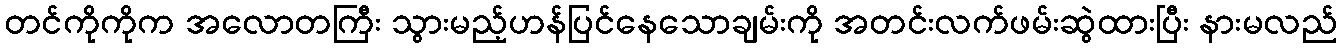
တင်ကိုကိုက အလောတကြီး သွားမည့်ဟန်ပြင်နေသောချမ်းကို အတင်းလက်ဖမ်းဆွဲထားပြီး နားမလည်